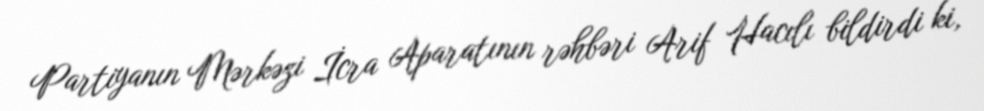
Partiyanın Mərkəzi İcra Aparatının rəhbəri Arif Hacılı bildirdi ki,